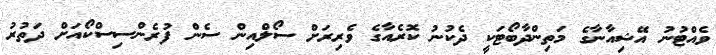
ވެއްޓުނު އޭޝިއާނާގެ މަތިންދާބޯޓަކީ ދެކުނު ކޮރެއާގެ ވެރިރަށް ސޯލްއިން ސެން ފުރެންސިސްކޯއަށް ދަތުރު